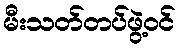
မီးသတ်တပ်ဖွဲ့ဝင်